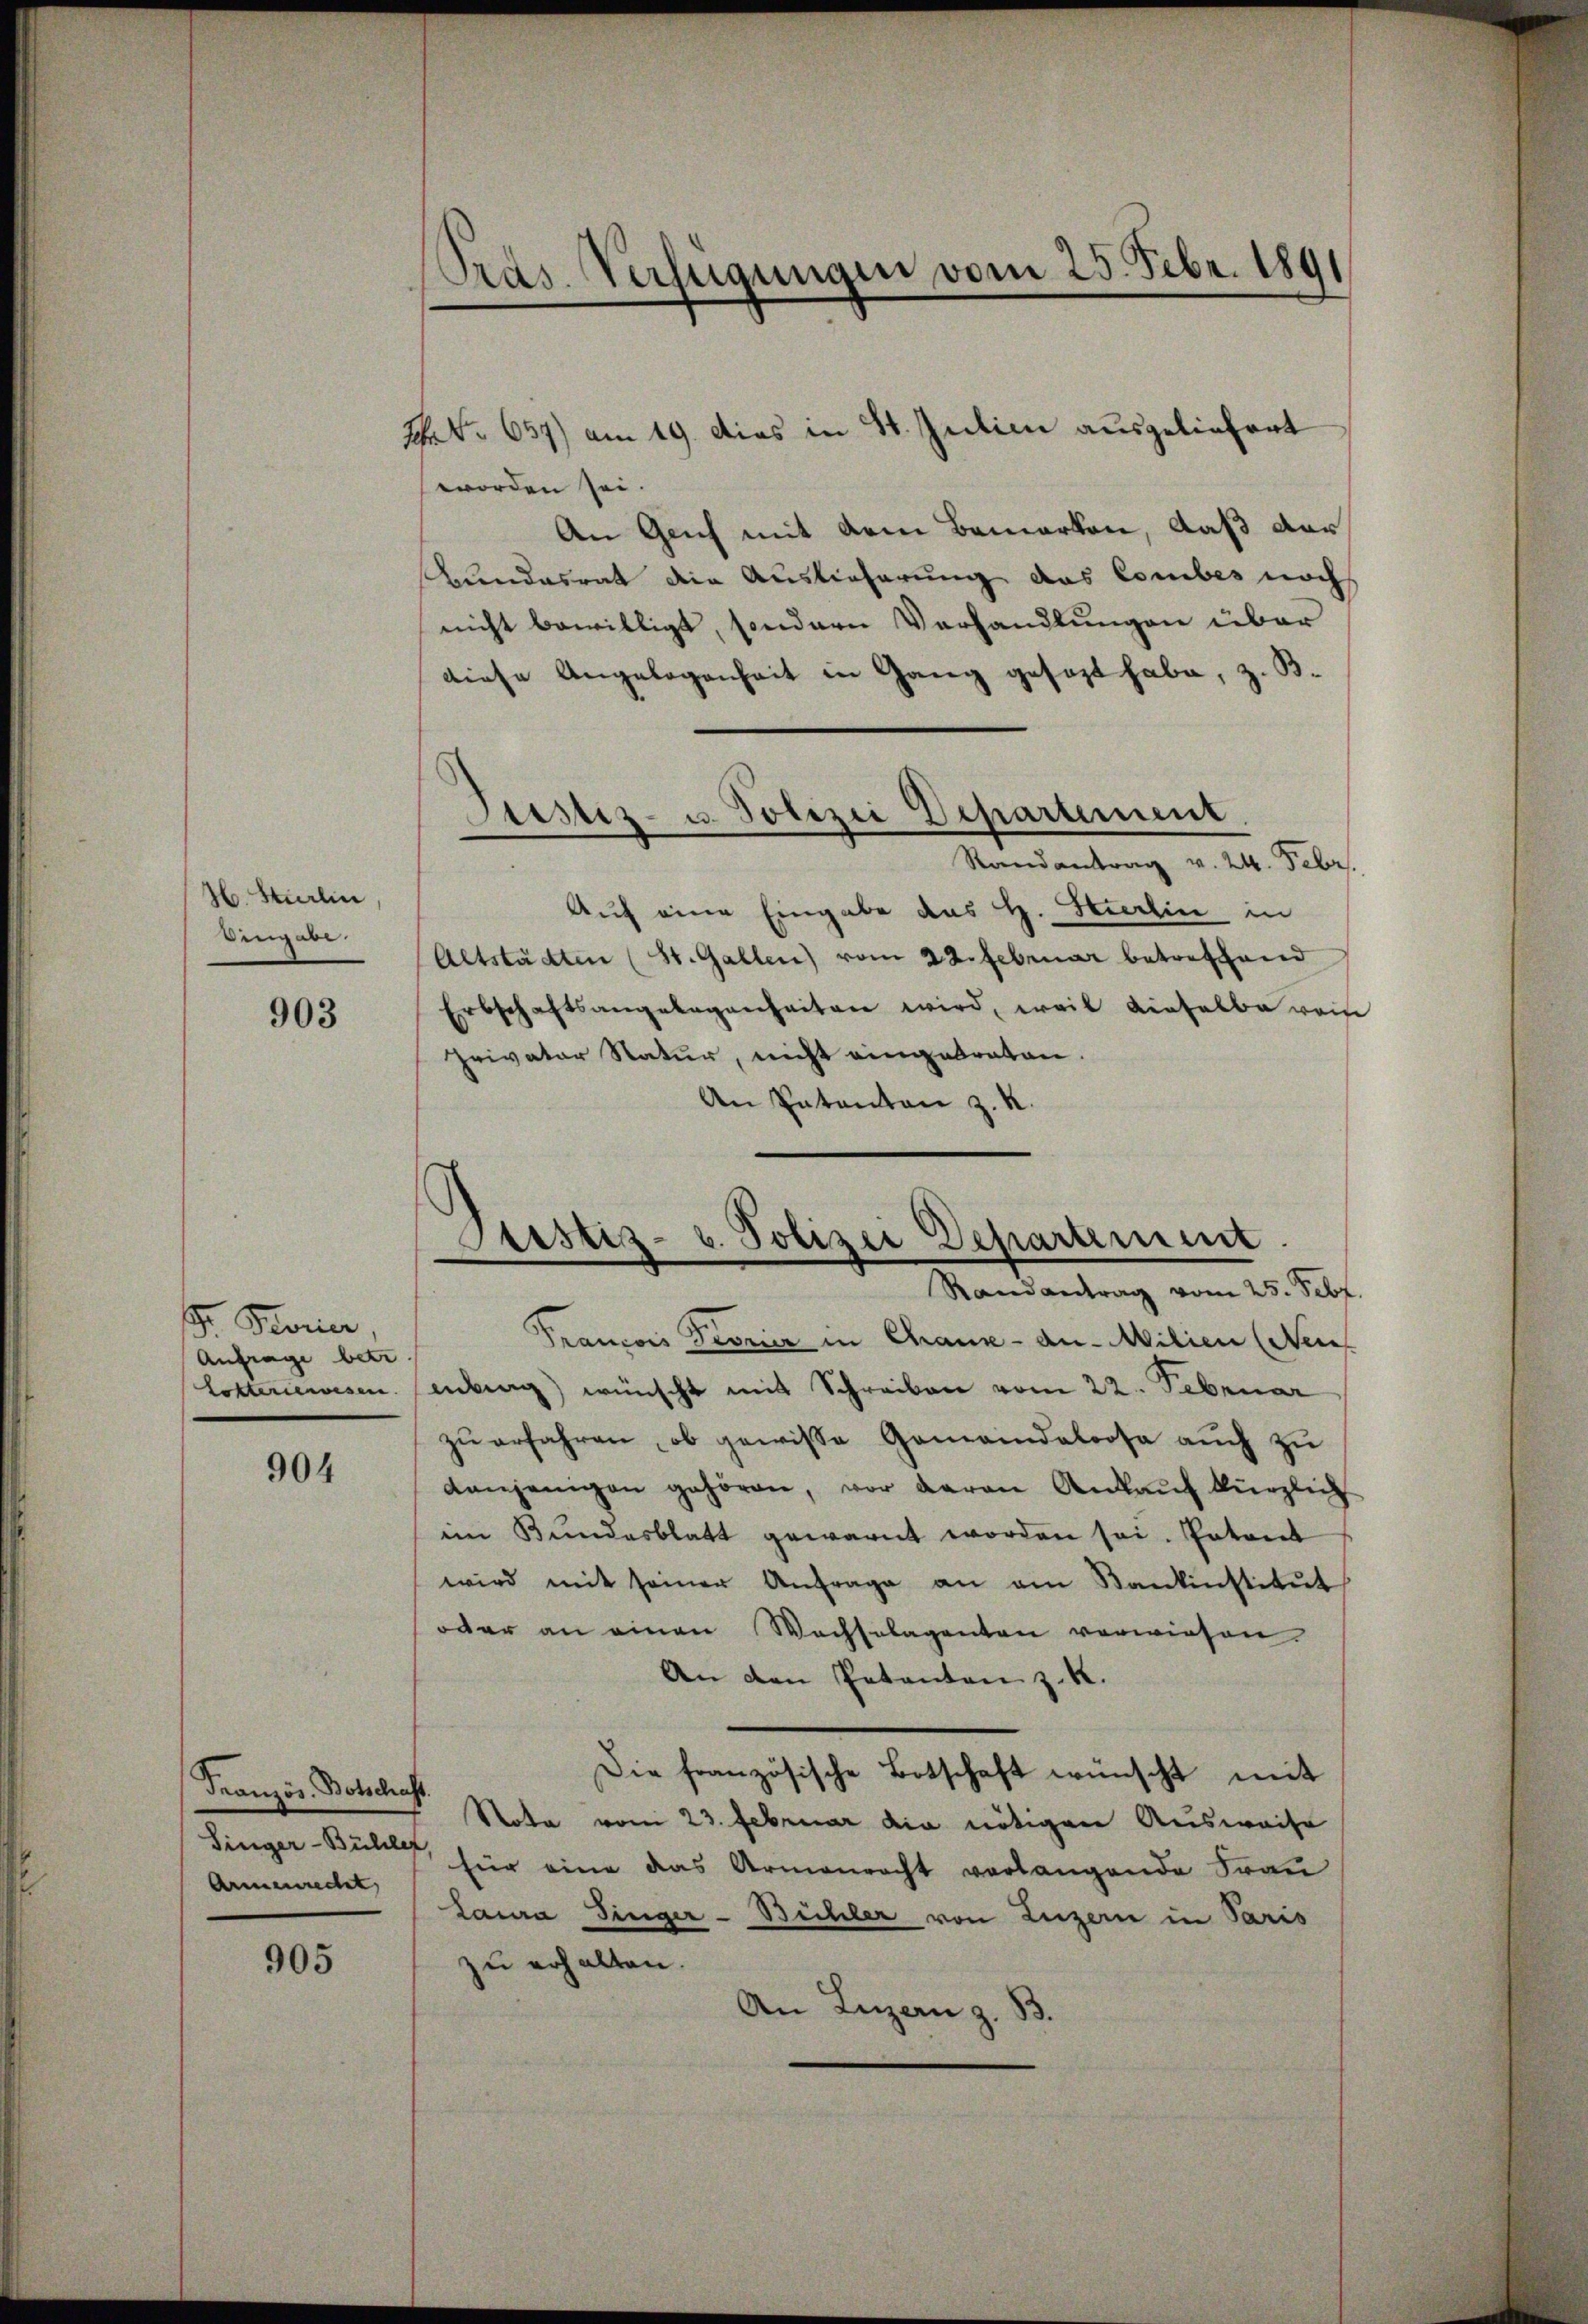
H. Stierlin
Eingabe.

903

5. Ferner,
Anfrage betr.
Lokteriewesen.

904

Französ. Botschaft.
Singer-Bühler,
Armenrecht

905

Pras. Verfügungen vom 25. Febr. 1891

H S. 657) am 19. Dies in St. Julien ausgeliefert
worden sei.
An Geich mit dem Bemerken, daß der
rundesrat die Auslieferung das Comber noch
nicht bewilligt, sondern Verhandlungen über
diese Angelegenheit in Gang gesezt habe, z. B.
Randantrag v. 24. Febr.
Auf eine Eingabe das H. Stierlin in
Altstädten (St. Gallen vom 22. Februar betreffend
Erbschaftsangelegenheiten wird, weil dieselbe weis
Privater Natur, nicht eingebraten.
An Patenten z. R.
Justiz- u. Polizei Departemen.
Randantrag vom 25. Febr
Francois Prorier in Chause - an - Milien (Neu
mling wünscht mit Schreiben vom 22. Februar
zŭ erfahren, ob gewisse Gemeindaloose aŭch zŭ
denjenigen gehören, vor daran Ankauf kürzlich
im Bundesblatt gewarnt worden sei. Patent
wird mit seiner Anfrage an am Kantinstitŭt
oder an einen Wachselagenten verwiesen.
An den Petenten z. K.
Die französische Botschaft wünscht mit
Nota vom 23. Februar die nötigen Ausweise
für eine das Armenrecht verlangende Frau
Laura Finger-Bühler von Luzern in Paris
zu erhalten.
An Luzern z. B.

Justiz- u. Polizei Departement.
—